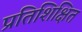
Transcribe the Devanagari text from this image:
प्रतिशिक्षित